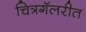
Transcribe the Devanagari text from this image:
चित्रगॅलरीत